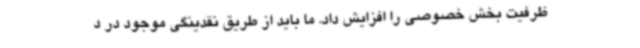
ظرفیت بخش خصوصی را افزایش داد. ما باید از طریق نقدینگی موجود در د